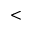
<